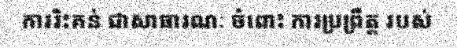
ការរិះគន់ ជាសាធារណៈ ចំពោះ ការប្រព្រឹត្ត របស់